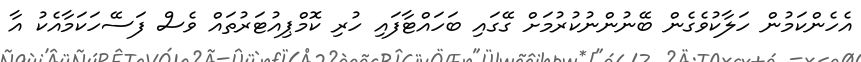
އެހެންކަމުން ހަލާކުވެގެން ބޭނުންނުކުރުމަށް ގޭގައި ބަހައްޓާފައި ހުރި ކޮމްޕިއުޓަރުތައް ވެސް ފަސޭހަކަމާއެކު އާ